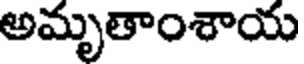
అమృతాంశాయ